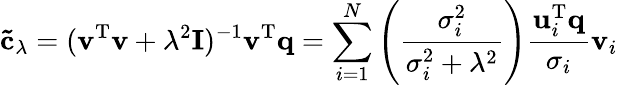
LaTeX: \mathbf{\tilde{c}}_{\lambda}=(\mathbf{v}^{\mathrm{T}}\mathbf{v}+\lambda^{2}\mathbf{I})^{-1}\mathbf{v}^{\mathrm{T}}\mathbf{q}=\sum_{i=1}^{N}\left(\frac{\sigma_{i}^{2}}{\sigma_{i}^{2}+\lambda^{2}}\right)\frac{\mathbf{u}_{i}^{\mathrm{T}}\mathbf{q}}{\sigma_{i}}\mathbf{v}_{i}